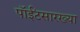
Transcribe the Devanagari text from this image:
पॉईंटसारख्या